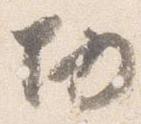
切